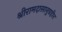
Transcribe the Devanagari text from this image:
श्रीरामदासानुग्रहीत